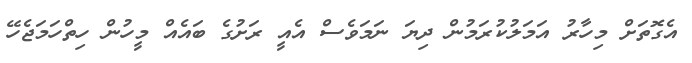
އެގޮތަށް މިހާރު އަމަލުކުރަމުން ދިޔަ ނަމަވެސް އެއީ ރަށުގެ ބައެއް މީހުން ހިތްހަމަޖެހޭ